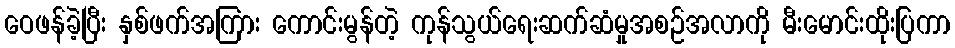
ဝေဖန်ခဲ့ပြီး နှစ်ဖက်အကြား ကောင်းမွန်တဲ့ ကုန်သွယ်ရေးဆက်ဆံမှုအစဉ်အလာကို မီးမောင်းထိုးပြကာ